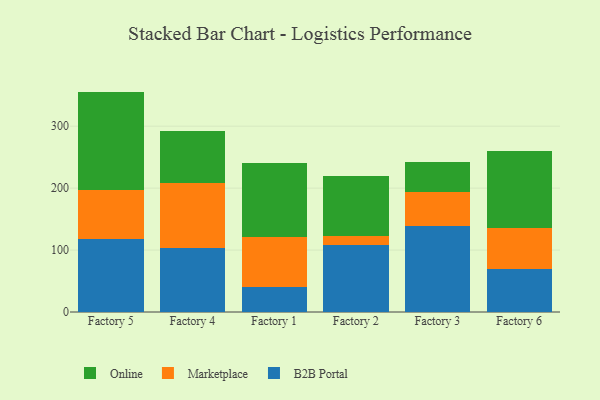
{"axis": {"x": "Factory", "y": "LTV (USD)"}, "legend": ["B2B Portal", "Marketplace", "Online"], "data": [{"x": "Factory 5", "y": 118.6, "type": "B2B Portal"}, {"x": "Factory 5", "y": 78.9, "type": "Marketplace"}, {"x": "Factory 5", "y": 158.3, "type": "Online"}, {"x": "Factory 4", "y": 104.0, "type": "B2B Portal"}, {"x": "Factory 4", "y": 104.0, "type": "Marketplace"}, {"x": "Factory 4", "y": 84.3, "type": "Online"}, {"x": "Factory 1", "y": 40.8, "type": "B2B Portal"}, {"x": "Factory 1", "y": 80.8, "type": "Marketplace"}, {"x": "Factory 1", "y": 119.0, "type": "Online"}, {"x": "Factory 2", "y": 108.9, "type": "B2B Portal"}, {"x": "Factory 2", "y": 13.3, "type": "Marketplace"}, {"x": "Factory 2", "y": 97.9, "type": "Online"}, {"x": "Factory 3", "y": 139.0, "type": "B2B Portal"}, {"x": "Factory 3", "y": 54.3, "type": "Marketplace"}, {"x": "Factory 3", "y": 48.7, "type": "Online"}, {"x": "Factory 6", "y": 68.9, "type": "B2B Portal"}, {"x": "Factory 6", "y": 66.6, "type": "Marketplace"}, {"x": "Factory 6", "y": 124.8, "type": "Online"}]}